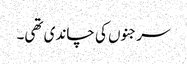
سرجنوں کی چاندی تھی۔